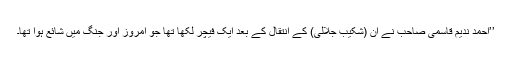
’’احمد ندیم قاسمی صاحب نے ان (شکیب جلالی) کے انتقال کے بعد ایک فیچر لکھا تھا جو امروز اور جنگ میں شائع ہوا تھا۔